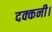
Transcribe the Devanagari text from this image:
दक्कनी।